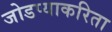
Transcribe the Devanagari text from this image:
जोडप्याकरिता